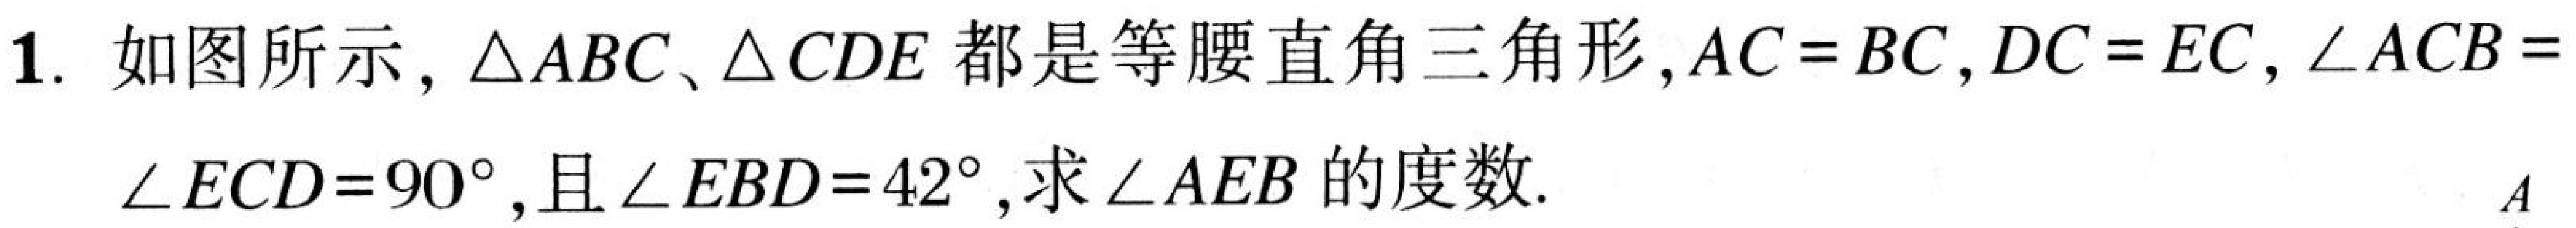
1. 如图所示，$\triangle ABC$、$\triangle CDE$都是等腰直角三角形，$AC = BC$，$DC = EC$，$\angle ACB = \angle ECD = 90^{\circ}$，且$\angle EBD = 42^{\circ}$，求$\angle AEB$的度数.